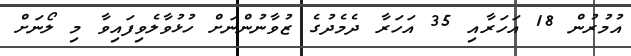
އުމުރުން 18 އަހަރާއި 35 އަހަރާ ދެމެދުގެ ޒުވާނުންނަށް ހުޅުވާލެވިފައިވާ މި ލޯނަށް